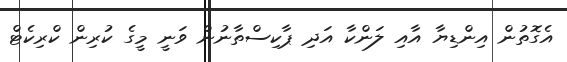
އެގޮތުން އިންޑިޔާ އާއި ލަންކާ އަދި ޕާކިސްތާނުން ވަނީ މީގެ ކުރިން ކްރިކެޓް